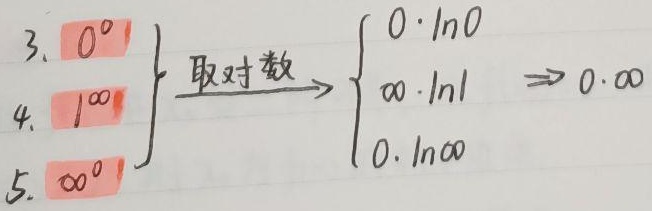
3. \(0^{0}\)
4. \(1^{\infty}\)
5. \(\infty^{0}\)

\[\begin{cases}0^{0}&\text{取对数}\to 0\cdot\ln 0\\1^{\infty}&\text{取对数}\to\infty\cdot\ln 1\Rightarrow 0\cdot\infty\\\infty^{0}&\text{取对数}\to 0\cdot\ln\infty\end{cases}\]